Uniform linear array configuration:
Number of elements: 48
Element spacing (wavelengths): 0.5
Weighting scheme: kaiser
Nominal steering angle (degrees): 60
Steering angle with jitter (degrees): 60.025
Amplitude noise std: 0.05
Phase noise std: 0.05

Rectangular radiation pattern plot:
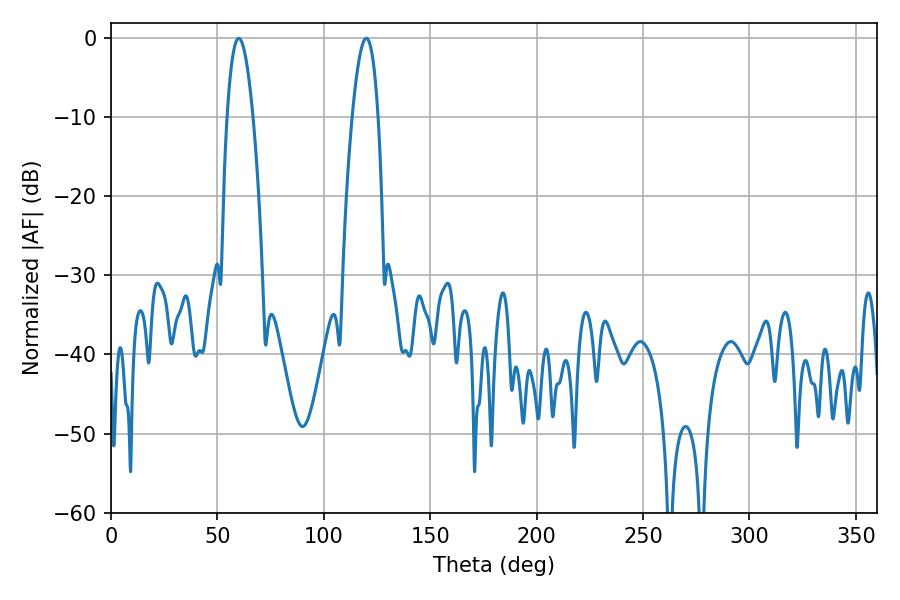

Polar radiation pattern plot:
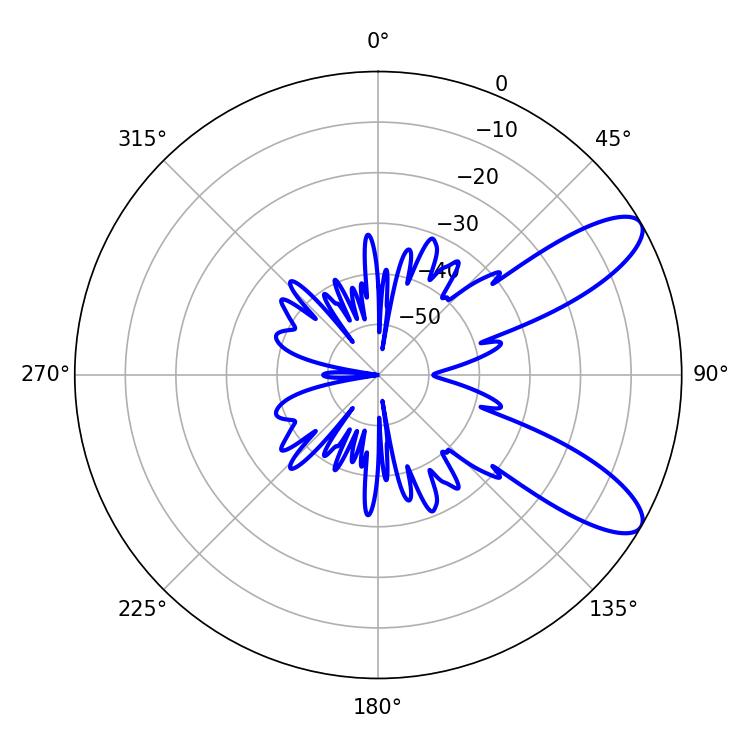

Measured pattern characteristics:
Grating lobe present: FALSE
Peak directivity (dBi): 9.609
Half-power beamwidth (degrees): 6.66
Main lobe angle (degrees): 60.12